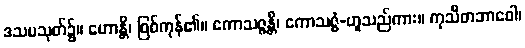
ဒသမသုတ်၌။ ဟောန္တိ၊ ဖြစ်ကုန်၏။ ကောသဇ္ဇန္တိ၊ ကောသဇ္ဇံ-ဟူသည်ကား။ ကုသီတဘာဝေါ၊